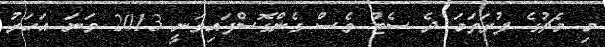
މި މެޗުގެ ފުރަތަމަ ދެ ސެޓު ވެސް ގެންގޮސްފައިވަނީ 2013 ވަނަ އަހަރު